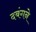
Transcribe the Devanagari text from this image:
दबंगने